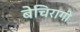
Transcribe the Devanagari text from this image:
बेचिरागी